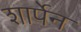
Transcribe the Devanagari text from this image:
शार्पेन